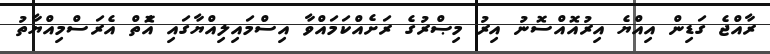
ރާއްޖެ ގަޑިން އިއްޔެ އިރުއޮއްސޮނު އިރު މިޞްރުގެ ރަށެއްކަމައްވާ އިސްމައިލިއްޔާގައި އެޮތް އެރަސްމިއްޔާތު